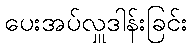
ပေးအပ်လှူဒါန်းခြင်း